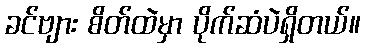
ခင်ဗျား စိတ်ထဲမှာ ပိုက်ဆံပဲရှိတယ်။